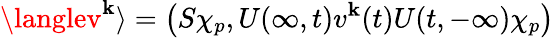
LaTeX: \langlev^{\mathbf{k}}\rangle=\left(S\chi_{p},U(\infty,t)v^{\mathbf{k}}(t)U(t,-\infty)\chi_{p}\right)